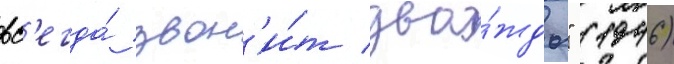
вс'егда́ звон'и́т два́жды" (1946)